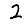
Digit: 2